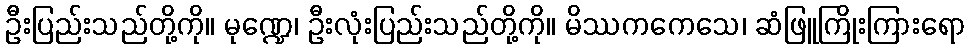
ဦးပြည်းသည်တို့ကို။ မုဏ္ဍေ၊ ဦးလုံးပြည်းသည်တို့ကို။ မိဿကကေသေ၊ ဆံဖြူကြိုးကြားရော